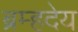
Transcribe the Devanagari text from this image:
ब्रम्हदेय